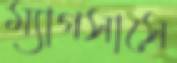
ম্যাগসাসে